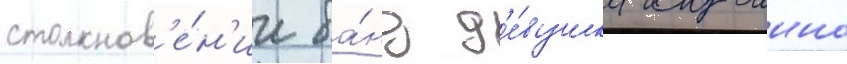
столкнов'е́н'ии ба́нд д'е́вушка случаино